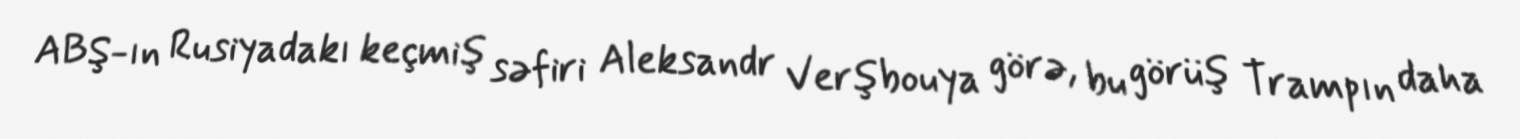
ABŞ-ın Rusiyadakı keçmiş səfiri Aleksandr Verşbouya görə, bu görüş Trampın daha